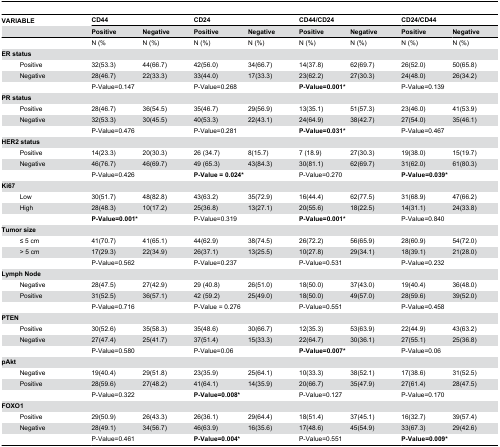
<table><thead><tr><td colspan="3"><b>VARIABLE</b></td><td colspan="2"><b>CD44</b></td><td colspan="2"><b>CD24</b></td><td colspan="2"><b>CD44/CD24</b></td><td colspan="2"><b>CD24/CD44</b></td></tr><tr><td colspan="3"></td><td><b>Positive</b></td><td><b>Negative</b></td><td><b>Positive</b></td><td><b>Negative</b></td><td><b>Positive</b></td><td><b>Negative</b></td><td><b>Positive</b></td><td><b>Negative</b></td></tr></thead><tbody><tr><td colspan="3"></td><td>N (%</td><td>N (%)</td><td>N (%)</td><td>N (%)</td><td>N (%)</td><td>N (%)</td><td>N (%)</td><td>N (%)</td></tr><tr><td colspan="2"><b>ER status</b></td><td></td><td colspan="2"></td><td colspan="2"></td><td colspan="2"></td><td colspan="2"></td></tr><tr><td></td><td>Positive</td><td></td><td>32(53.3)</td><td>44(66.7)</td><td>42(56.0)</td><td>34(66.7)</td><td>14(37.8)</td><td>62(69.7)</td><td>26(52.0)</td><td>50(65.8)</td></tr><tr><td></td><td>Negative</td><td></td><td>28(46.7)</td><td>22(33.3)</td><td>33(44.0)</td><td>17(33.3)</td><td>23(62.2)</td><td>27(30.3)</td><td>24(48.0)</td><td>26(34.2)</td></tr><tr><td colspan="3"></td><td colspan="2">P-Value=0.147</td><td colspan="2">P-Value=0.268</td><td colspan="2"><b>P-Value=0.001*</b></td><td colspan="2">P-Value=0.139</td></tr><tr><td colspan="2"><b>PR status</b></td><td></td><td colspan="2"></td><td></td><td colspan="2"></td><td></td><td colspan="2"></td></tr><tr><td></td><td>Positive</td><td></td><td>28(46.7)</td><td>36(54.5)</td><td>35(46.7)</td><td>29(56.9)</td><td>13(35.1)</td><td>51(57.3)</td><td>23(46.0)</td><td>41(53.9)</td></tr><tr><td></td><td>Negative</td><td></td><td>32(53.3)</td><td>30(45.5)</td><td>40(53.3)</td><td>22(43.1)</td><td>24(64.9)</td><td>38(42.7)</td><td>27(54.0)</td><td>35(46.1)</td></tr><tr><td colspan="3"></td><td colspan="2">P-Value=0.476</td><td colspan="2">P-Value=0.281</td><td colspan="2"><b>P-Value=0.031*</b></td><td colspan="2">P-Value=0.467</td></tr><tr><td colspan="2"><b>HER2 status</b></td><td colspan="2"></td><td colspan="2"></td><td colspan="2"></td><td colspan="2"></td></tr><tr><td></td><td>Positive</td><td></td><td>14(23.3)</td><td>20(30.3)</td><td>26 (34.7)</td><td>8(15.7)</td><td>7 (18.9)</td><td>27(30.3)</td><td>19(38.0)</td><td>15(19.7)</td></tr><tr><td></td><td>Negative</td><td></td><td>46(76.7)</td><td>46(69.7)</td><td>49 (65.3)</td><td>43(84.3)</td><td>30(81.1)</td><td>62(69.7)</td><td>31(62.0)</td><td>61(80.3)</td></tr><tr><td colspan="3"></td><td colspan="2">P-Value=0.426</td><td colspan="2"><b>P-Value = 0.024*</b></td><td colspan="2">P-Value=0.270</td><td colspan="2"><b>P-Value=0.039*</b></td></tr><tr><td colspan="2"><b>Ki67</b></td><td></td><td colspan="2"></td><td colspan="2"></td><td colspan="2"></td><td colspan="2"></td></tr><tr><td></td><td>Low </td><td></td><td>30(51.7)</td><td>48(82.8)</td><td>43(63.2)</td><td>35(72.9)</td><td>16(44.4)</td><td>62(77.5)</td><td>31(68.9)</td><td>47(66.2)</td></tr><tr><td></td><td> High</td><td></td><td>28(48.3)</td><td>10(17.2)</td><td>25(36.8)</td><td>13(27.1)</td><td>20(55.6)</td><td>18(22.5)</td><td>14(31.1)</td><td>24(33.8)</td></tr><tr><td colspan="3"></td><td colspan="2"><b>P-Value=0.001*</b></td><td colspan="2">P-Value=0.319</td><td colspan="2"><b>P-Value=0.001*</b></td><td colspan="2">P-Value=0.840</td></tr><tr><td colspan="2"><b>Tumor size</b></td><td></td><td colspan="2"></td><td colspan="2"></td><td colspan="2"></td><td colspan="2"></td></tr><tr><td></td><td>≤ 5 cm</td><td></td><td>41(70.7)</td><td>41(65.1)</td><td>44(62.9)</td><td>38(74.5)</td><td>26(72.2)</td><td>56(65.9)</td><td>28(60.9)</td><td>54(72.0)</td></tr><tr><td></td><td>&gt; 5 cm</td><td></td><td>17(29.3)</td><td>22(34.9)</td><td>26(37.1)</td><td>13(25.5)</td><td>10(27.8)</td><td>29(34.1)</td><td>18(39.1)</td><td>21(28.0)</td></tr><tr><td colspan="3"></td><td colspan="2">P-Value=0.562</td><td colspan="2">P-Value=0.237</td><td colspan="2">P-Value=0.531</td><td colspan="2">P-Value=0.232</td></tr><tr><td colspan="2"><b>Lymph Node</b></td><td></td><td colspan="2"></td><td colspan="2"></td><td colspan="2"></td><td colspan="2"></td></tr><tr><td></td><td>Negative</td><td></td><td>28(47.5)</td><td>27(42.9)</td><td>29 (40.8)</td><td>26(51.0)</td><td>18(50.0)</td><td>37(43.0)</td><td>19(40.4)</td><td>36(48.0)</td></tr><tr><td></td><td>Positive</td><td></td><td>31(52.5)</td><td>36(57.1)</td><td>42 (59.2)</td><td>25(49.0)</td><td>18(50.0)</td><td>49(57.0)</td><td>28(59.6)</td><td>39(52.0)</td></tr><tr><td colspan="3"></td><td colspan="2">P-Value=0.716</td><td colspan="2">P-Value = 0.276</td><td colspan="2">P-Value=0.551</td><td colspan="2">P-Value=0.458</td></tr><tr><td colspan="2"><b>PTEN</b></td><td></td><td colspan="2"></td><td colspan="2"></td><td colspan="2"></td><td colspan="2"></td></tr><tr><td></td><td>Positive</td><td></td><td>30(52.6)</td><td>35(58.3)</td><td>35(48.6)</td><td>30(66.7)</td><td>12(35.3)</td><td>53(63.9)</td><td>22(44.9)</td><td>43(63.2)</td></tr><tr><td></td><td>Negative</td><td></td><td>27(47.4)</td><td>25(41.7)</td><td>37(51.4)</td><td>15(33.3)</td><td>22(64.7)</td><td>30(36.1)</td><td>27(55.1)</td><td>25(36.8)</td></tr><tr><td colspan="3"></td><td colspan="2">P-Value=0.580</td><td colspan="2">P-Value=0.06</td><td colspan="2"><b>P-Value=0.007*</b></td><td colspan="2">P-Value=0.06</td></tr><tr><td colspan="2"><b>pAkt</b></td><td></td><td colspan="2"></td><td colspan="2"></td><td colspan="2"></td><td colspan="2"></td></tr><tr><td></td><td>Negative</td><td></td><td>19(40.4)</td><td>29(51.8)</td><td>23(35.9)</td><td>25(64.1)</td><td>10(33.3)</td><td>38(52.1)</td><td>17(38.6)</td><td>31(52.5)</td></tr><tr><td></td><td> Positive</td><td></td><td>28(59.6)</td><td>27(48.2)</td><td>41(64.1)</td><td>14(35.9)</td><td>20(66.7)</td><td>35(47.9)</td><td>27(61.4)</td><td>28(47.5)</td></tr><tr><td colspan="3"></td><td colspan="2">P-Value=0.322</td><td colspan="2"><b>P-Value=0.008*</b></td><td colspan="2">P-Value=0.127</td><td colspan="2">P-Value=0.170</td></tr><tr><td colspan="2"><b>FOXO1</b></td><td></td><td colspan="2"></td><td colspan="2"></td><td colspan="2"></td><td colspan="2"></td></tr><tr><td></td><td>Positive</td><td></td><td>29(50.9)</td><td>26(43.3)</td><td>26(36.1)</td><td>29(64.4)</td><td>18(51.4)</td><td>37(45.1)</td><td>16(32.7)</td><td>39(57.4)</td></tr><tr><td></td><td>Negative</td><td></td><td>28(49.1)</td><td>34(56.7)</td><td>46(63.9)</td><td>16(35.6)</td><td>17(48.6)</td><td>45(54.9)</td><td>33(67.3)</td><td>29(42.6)</td></tr><tr><td colspan="3"></td><td colspan="2">P-Value=0.461</td><td colspan="2"><b>P-Value=0.004*</b></td><td colspan="2">P-Value=0.551</td><td colspan="2"><b>P-Value=0.009*</b></td></tr></tbody></table>